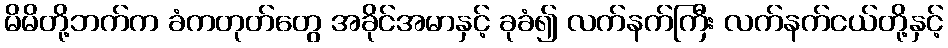
မိမိတို့ဘက်က ခံကတုတ်တွေ အခိုင်အမာနှင့် ခုခံ၍ လက်နက်ကြီး လက်နက်ငယ်တို့နှင့်